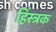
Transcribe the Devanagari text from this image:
हिंस्त्रक